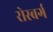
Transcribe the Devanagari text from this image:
रोस्बर्ग